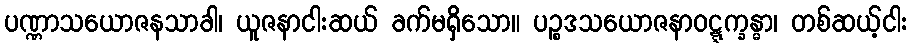
ပဏ္ဏာသယောဇနသာခါ၊ ယူဇနာငါးဆယ် ခက်မရှိသော။ ပဉ္စဒသယောဇနာဝဋ္ဋက္ခန္ဓာ၊ တစ်ဆယ့်ငါး